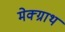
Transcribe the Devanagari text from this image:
मेक्ग्राथ